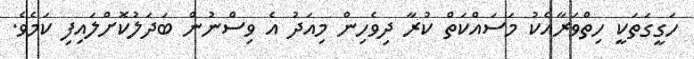
ހަގީގަތަކީ ހިތްވަރާއެކު މަސައްކަތް ކުރާ ދިވެހިން މިއަދު އެ ވިސްނުން ބަދަލުކޮށްލައިފި ކަމެވެެ.